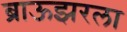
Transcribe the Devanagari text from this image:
ब्राऊझरला